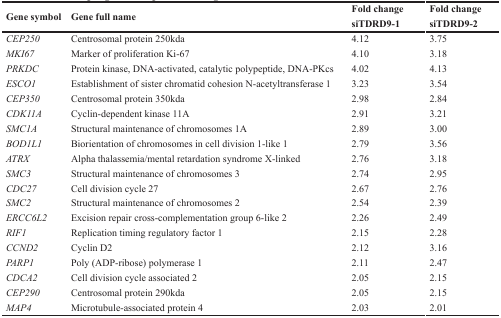
<table><thead><tr><td rowspan="2"><b>Gene symbol</b></td><td rowspan="2"><b>Gene full name</b></td><td><b>Fold change</b></td><td><b>Fold change</b></td></tr><tr><td><b>siTDRD9-1</b></td><td><b>siTDRD9-2</b></td></tr></thead><tbody><tr><td><i>CEP250</i></td><td>Centrosomal protein 250kda</td><td>4.12</td><td>3.75</td></tr><tr><td><i>MKI67</i></td><td>Marker of proliferation Ki-67</td><td>4.10</td><td>3.18</td></tr><tr><td><i>PRKDC</i></td><td>Protein kinase, DNA-activated, catalytic polypeptide, DNA-PKcs</td><td>4.02</td><td>4.13</td></tr><tr><td><i>ESCO1</i></td><td>Establishment of sister chromatid cohesion N-acetyltransferase 1</td><td>3.23</td><td>3.54</td></tr><tr><td><i>CEP350</i></td><td>Centrosomal protein 350kda</td><td>2.98</td><td>2.84</td></tr><tr><td><i>CDK11A</i></td><td>Cyclin-dependent kinase 11A</td><td>2.91</td><td>3.21</td></tr><tr><td><i>SMC1A</i></td><td>Structural maintenance of chromosomes 1A</td><td>2.89</td><td>3.00</td></tr><tr><td><i>BOD1L1</i></td><td>Biorientation of chromosomes in cell division 1-like 1</td><td>2.79</td><td>3.56</td></tr><tr><td><i>ATRX</i></td><td>Alpha thalassemia/mental retardation syndrome X-linked</td><td>2.76</td><td>3.18</td></tr><tr><td><i>SMC3</i></td><td>Structural maintenance of chromosomes 3</td><td>2.74</td><td>2.95</td></tr><tr><td><i>CDC27</i></td><td>Cell division cycle 27</td><td>2.67</td><td>2.76</td></tr><tr><td><i>SMC2</i></td><td>Structural maintenance of chromosomes 2</td><td>2.54</td><td>2.39</td></tr><tr><td><i>ERCC6L2</i></td><td>Excision repair cross-complementation group 6-like 2</td><td>2.26</td><td>2.49</td></tr><tr><td><i>RIF1</i></td><td>Replication timing regulatory factor 1</td><td>2.15</td><td>2.28</td></tr><tr><td><i>CCND2</i></td><td>Cyclin D2</td><td>2.12</td><td>3.16</td></tr><tr><td><i>PARP1</i></td><td>Poly (ADP-ribose) polymerase 1</td><td>2.11</td><td>2.47</td></tr><tr><td><i>CDCA2</i></td><td>Cell division cycle associated 2</td><td>2.05</td><td>2.15</td></tr><tr><td><i>CEP290</i></td><td>Centrosomal protein 290kda</td><td>2.05</td><td>2.15</td></tr><tr><td><i>MAP4</i></td><td>Microtubule-associated protein 4</td><td>2.03</td><td>2.01</td></tr></tbody></table>